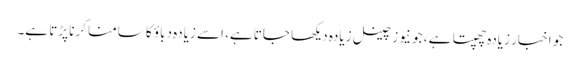
جو اخبار زیادہ چھپتا ہے، جو نیوز چینل زیادہ دیکھا جاتا ہے، اسے زیادہ دباؤ کا سامنا کرنا پڑتا ہے۔